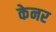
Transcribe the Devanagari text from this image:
केनर